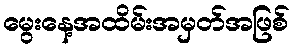
မွေးနေ့အထိမ်းအမှတ်အဖြစ်